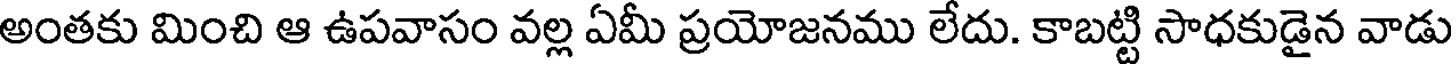
అంతకు మించి ఆ ఉపవాసం వల్ల ఏమీ ప్రయోజనము లేదు. కాబట్టి సాధకుడైన వాడు